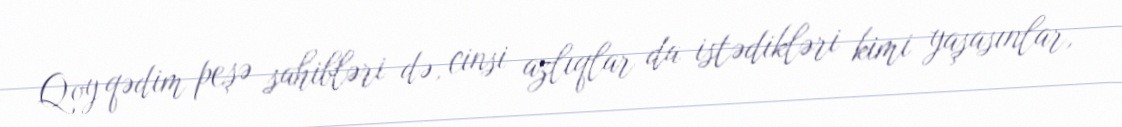
Qoy qədim peşə sahibləri də, cinsi azlıqlar da istədikləri kimi yaşasınlar,